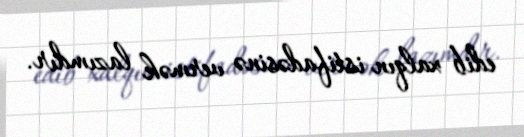
edib xalqın istifadəsinə vermək lazımdır.